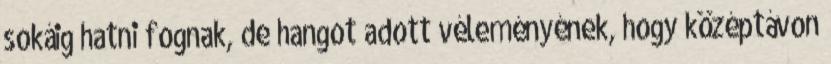
sokáig hatni fognak, de hangot adott véleményének, hogy középtávon